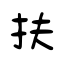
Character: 扶